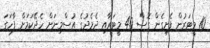
10 މީޓަރުން ފެށިގެން ގޮސް 40 މީޓަރާއި ދެމެދުގެ އުސްމިނަށް ހެދޭކަމަށް ފާހަގަ